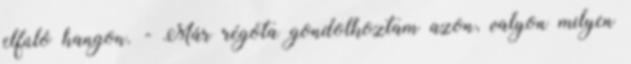
elfúló hangon. - Már régóta gondolkoztam azon, valyon milyen